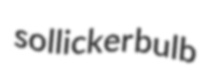
sollicker bulb